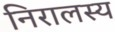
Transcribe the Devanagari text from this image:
निरालस्य